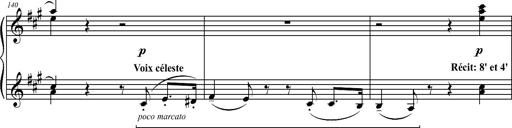
Title: 2 LÃ©gendes
Composer: Franz Liszt